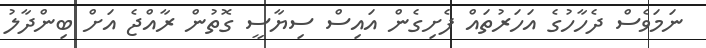
ނަމަވެސް ދެހާހުގެ އަހަރުތައް ފެށިގެން އައިސް ސިޔާސީ ގޮތުން ރާއްޖެ އަށް ބިންދާލު